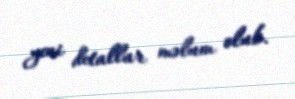
yeni detallar məlum olub.